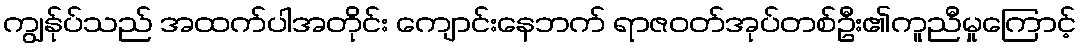
ကျွန်ုပ်သည် အထက်ပါအတိုင်း ကျောင်းနေဘက် ရာဇဝတ်အုပ်တစ်ဦး၏ကူညီမှုကြောင့်